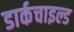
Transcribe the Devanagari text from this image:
डार्कचाइल्ड